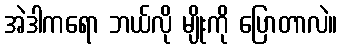
အဲဒါကရော ဘယ်လို မျိုးကို ပြောတာလဲ။